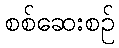
စစ်ဆေးစဉ်